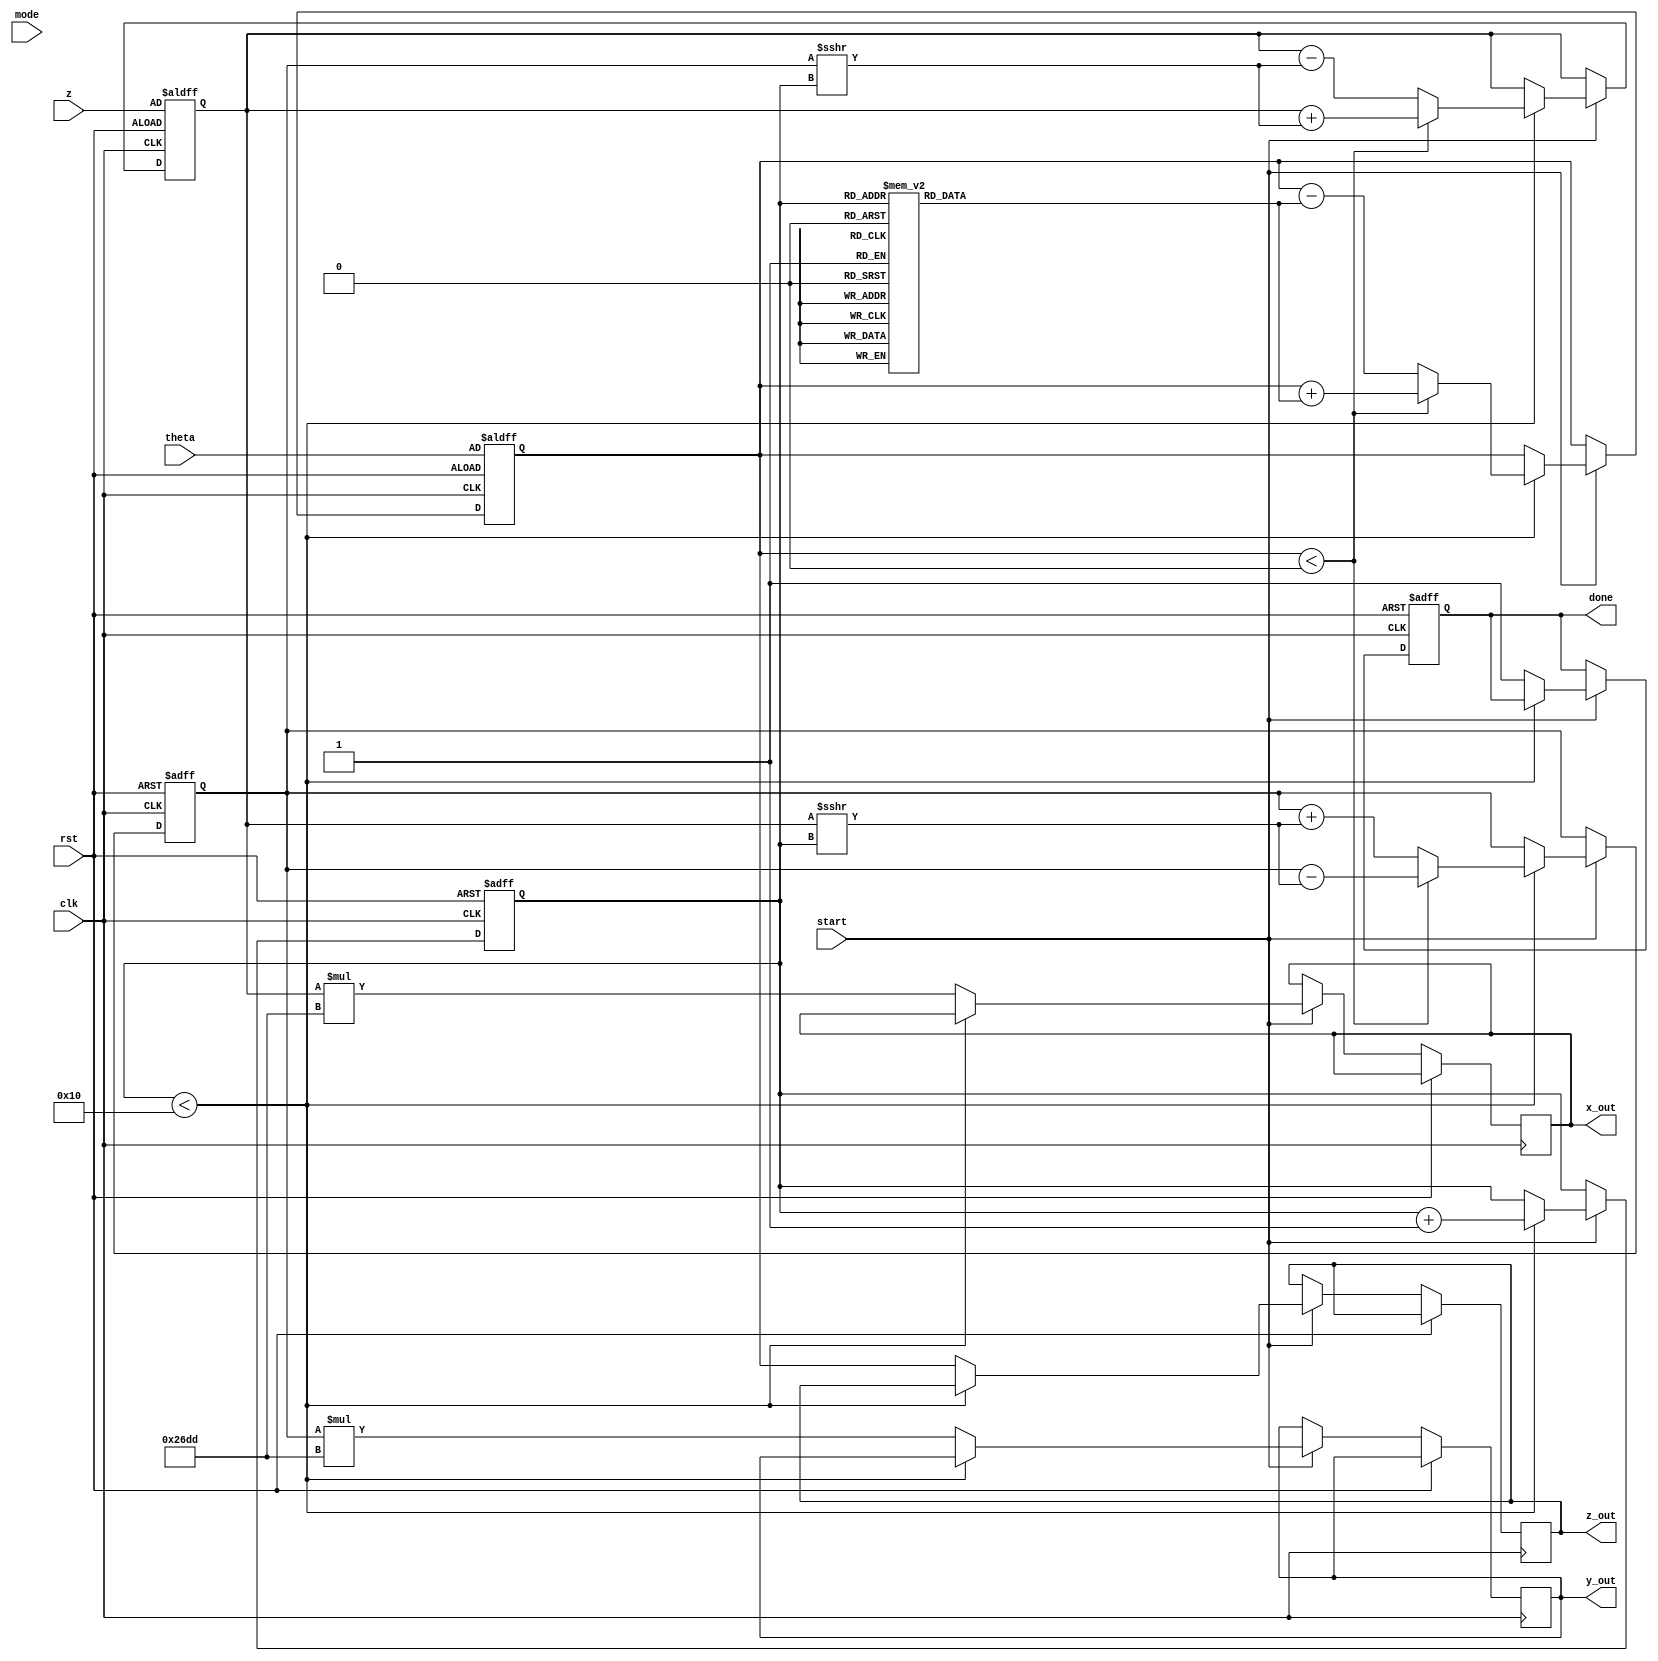
module cordic (
    input wire clk,
    input wire rst,
    input wire start,
    input wire [15:0] theta,  // Input angle in fixed-point representation
    input wire [15:0] z,      // Input magnitude
    input wire [1:0] mode,    // Operation mode (00: sine, 01: cosine, 10: hyperbolic, 11: multiply)
    output reg [15:0] x_out,   // Output x-coordinate
    output reg [15:0] y_out,   // Output y-coordinate
    output reg [15:0] z_out,   // Output z (angle or magnitude)
    output reg done            // Operation complete signal
);

    // Constants
    parameter N = 16; // Number of iterations
    parameter SCALE = 16'h26DD; // Scaling factor (approx. 0.607)

    // Internal registers
    reg [15:0] x, y, z_reg;
    reg [3:0] iteration;
    reg [15:0] atan_table [0:N-1]; // Lookup table for arctangent values

    // Initialize the arctangent lookup table
    initial begin
        atan_table[0] = 16'h2000;  // atan(2^0) in fixed-point
        atan_table[1] = 16'h1333;  // atan(2^-1)
        atan_table[2] = 16'h0A3D;  // atan(2^-2)
        atan_table[3] = 16'h0524;  // atan(2^-3)
        atan_table[4] = 16'h028F;  // atan(2^-4)
        atan_table[5] = 16'h0149;  // atan(2^-5)
        atan_table[6] = 16'h00A2;  // atan(2^-6)
        atan_table[7] = 16'h0051;  // atan(2^-7)
        atan_table[8] = 16'h0028;  // atan(2^-8)
        atan_table[9] = 16'h0014;  // atan(2^-9)
        atan_table[10] = 16'h000A;  // atan(2^-10)
        atan_table[11] = 16'h0005;  // atan(2^-11)
        atan_table[12] = 16'h0002;  // atan(2^-12)
        atan_table[13] = 16'h0001;  // atan(2^-13)
        atan_table[14] = 16'h0000;  // atan(2^-14)
        atan_table[15] = 16'h0000;  // atan(2^-15)
    end

    // State machine implementation
    always @(posedge clk or posedge rst) begin
        if (rst) begin
            x <= z;       // Initialize x with magnitude
            y <= 16'h0;   // Initialize y to 0
            z_reg <= theta; // Load angle
            iteration <= 0; // Reset iteration counter
            done <= 0;    // Reset done flag
        end else if (start) begin
            // Iteration loop
            if (iteration < N) begin
                if (z_reg < 0) begin
                    // Rotate counter-clockwise
                    x <= x + (y >>> iteration);
                    y <= y - (x >>> iteration);
                    z_reg <= z_reg + atan_table[iteration];
                end else begin
                    // Rotate clockwise
                    x <= x - (y >>> iteration);
                    y <= y + (x >>> iteration);
                    z_reg <= z_reg - atan_table[iteration];
                end
                iteration <= iteration + 1;
            end else begin
                // Finished all iterations
                x_out <= x * SCALE; // Apply scaling factor
                y_out <= y * SCALE; // Apply scaling factor
                z_out <= z_reg;     // Final angle or magnitude
                done <= 1;          // Set done flag
            end
        end
    end

endmodule